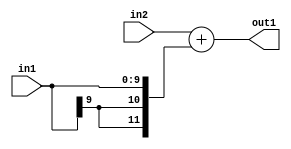
`timescale 1ps / 1ps
/*****************************************************************************
    Verilog RTL Description
    
    
    Created by: Stratus DpOpt 2019.1.01 
*******************************************************************************/

module SobelFilter_Add_12Sx10S_12S_1 (
	in2,
	in1,
	out1
	); /* architecture "behavioural" */ 
input [11:0] in2;
input [9:0] in1;
output [11:0] out1;
wire [11:0] asc001;

assign asc001 = 
	+(in2)
	+({{2{in1[9]}}, in1});

assign out1 = asc001;
endmodule

/* CADENCE  ubHySwk= : u9/ySgnWtBlWxVPRXgAZ4Og= ** DO NOT EDIT THIS LINE ******/